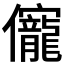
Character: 𠑙